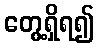
တွေ့ရှိရ၍